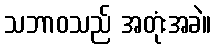
သဘာဝသည် အတုံးအခဲ။